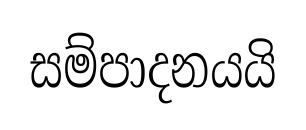
සම්පාදනයයි